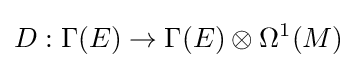
D:\Gamma (E)\to \Gamma (E)\otimes \Omega ^{1}(M)